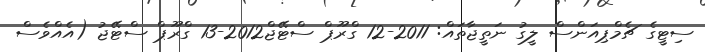
ސިޓީގެ ޗެމްޕިއަންސް ލީގު ނަތީޖާތައް: 2011-12 ގްރޫޕް ސްޓޭޖް2012-13 ގްރޫޕް ސްޓޭޖު (އެއްވެސް